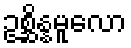
ဥစ္ဆိန္နမူလော